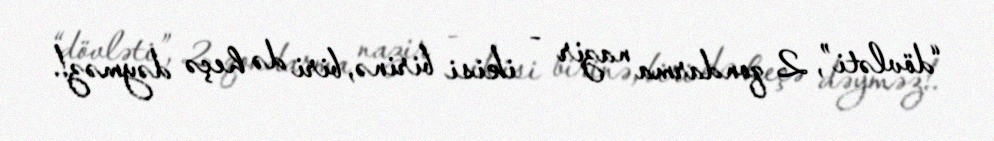
“dövləti”, 2 qondarma nazir - ikisi birinə, biri də heçə dəyməz!.